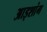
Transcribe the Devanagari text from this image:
आइशांग